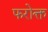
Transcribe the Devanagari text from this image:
फरोक्त